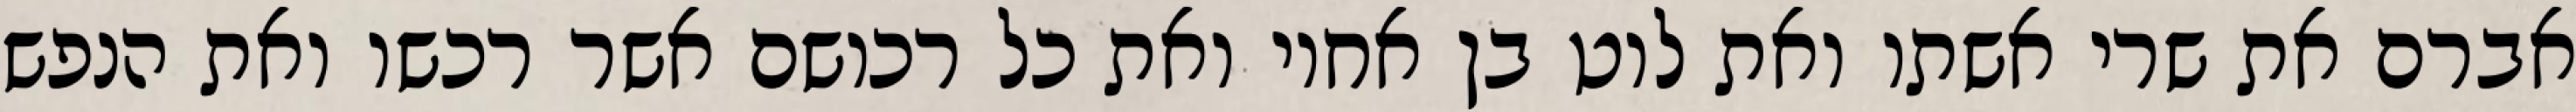
אברם את שרי אשתו ואת לוט בן אחיו ואת כל רכושם אשר רכשו ואת הנפש